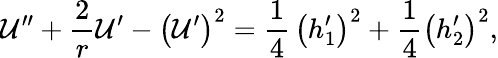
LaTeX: {\cal U}^{\prime\prime}+{\frac{2}{r}}{\cal U}^{\prime}-\left({\cal U}^{\prime}\right)^{2}={\frac{1}{4}}\, \left(h_{1}^{\prime}\right)^{2}+{\frac{1}{4}}\left(h_{2}^{\prime}\right)^{2},